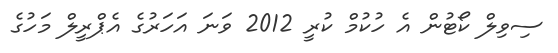
ސިވިލް ކޯޓުން އެ ހުކުމް ކުރީ 2012 ވަނަ އަހަރުގެ އެޕްރީލް މަހުގެ